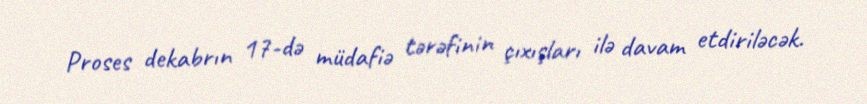
Proses dekabrın 17-də müdafiə tərəfinin çıxışları ilə davam etdiriləcək.